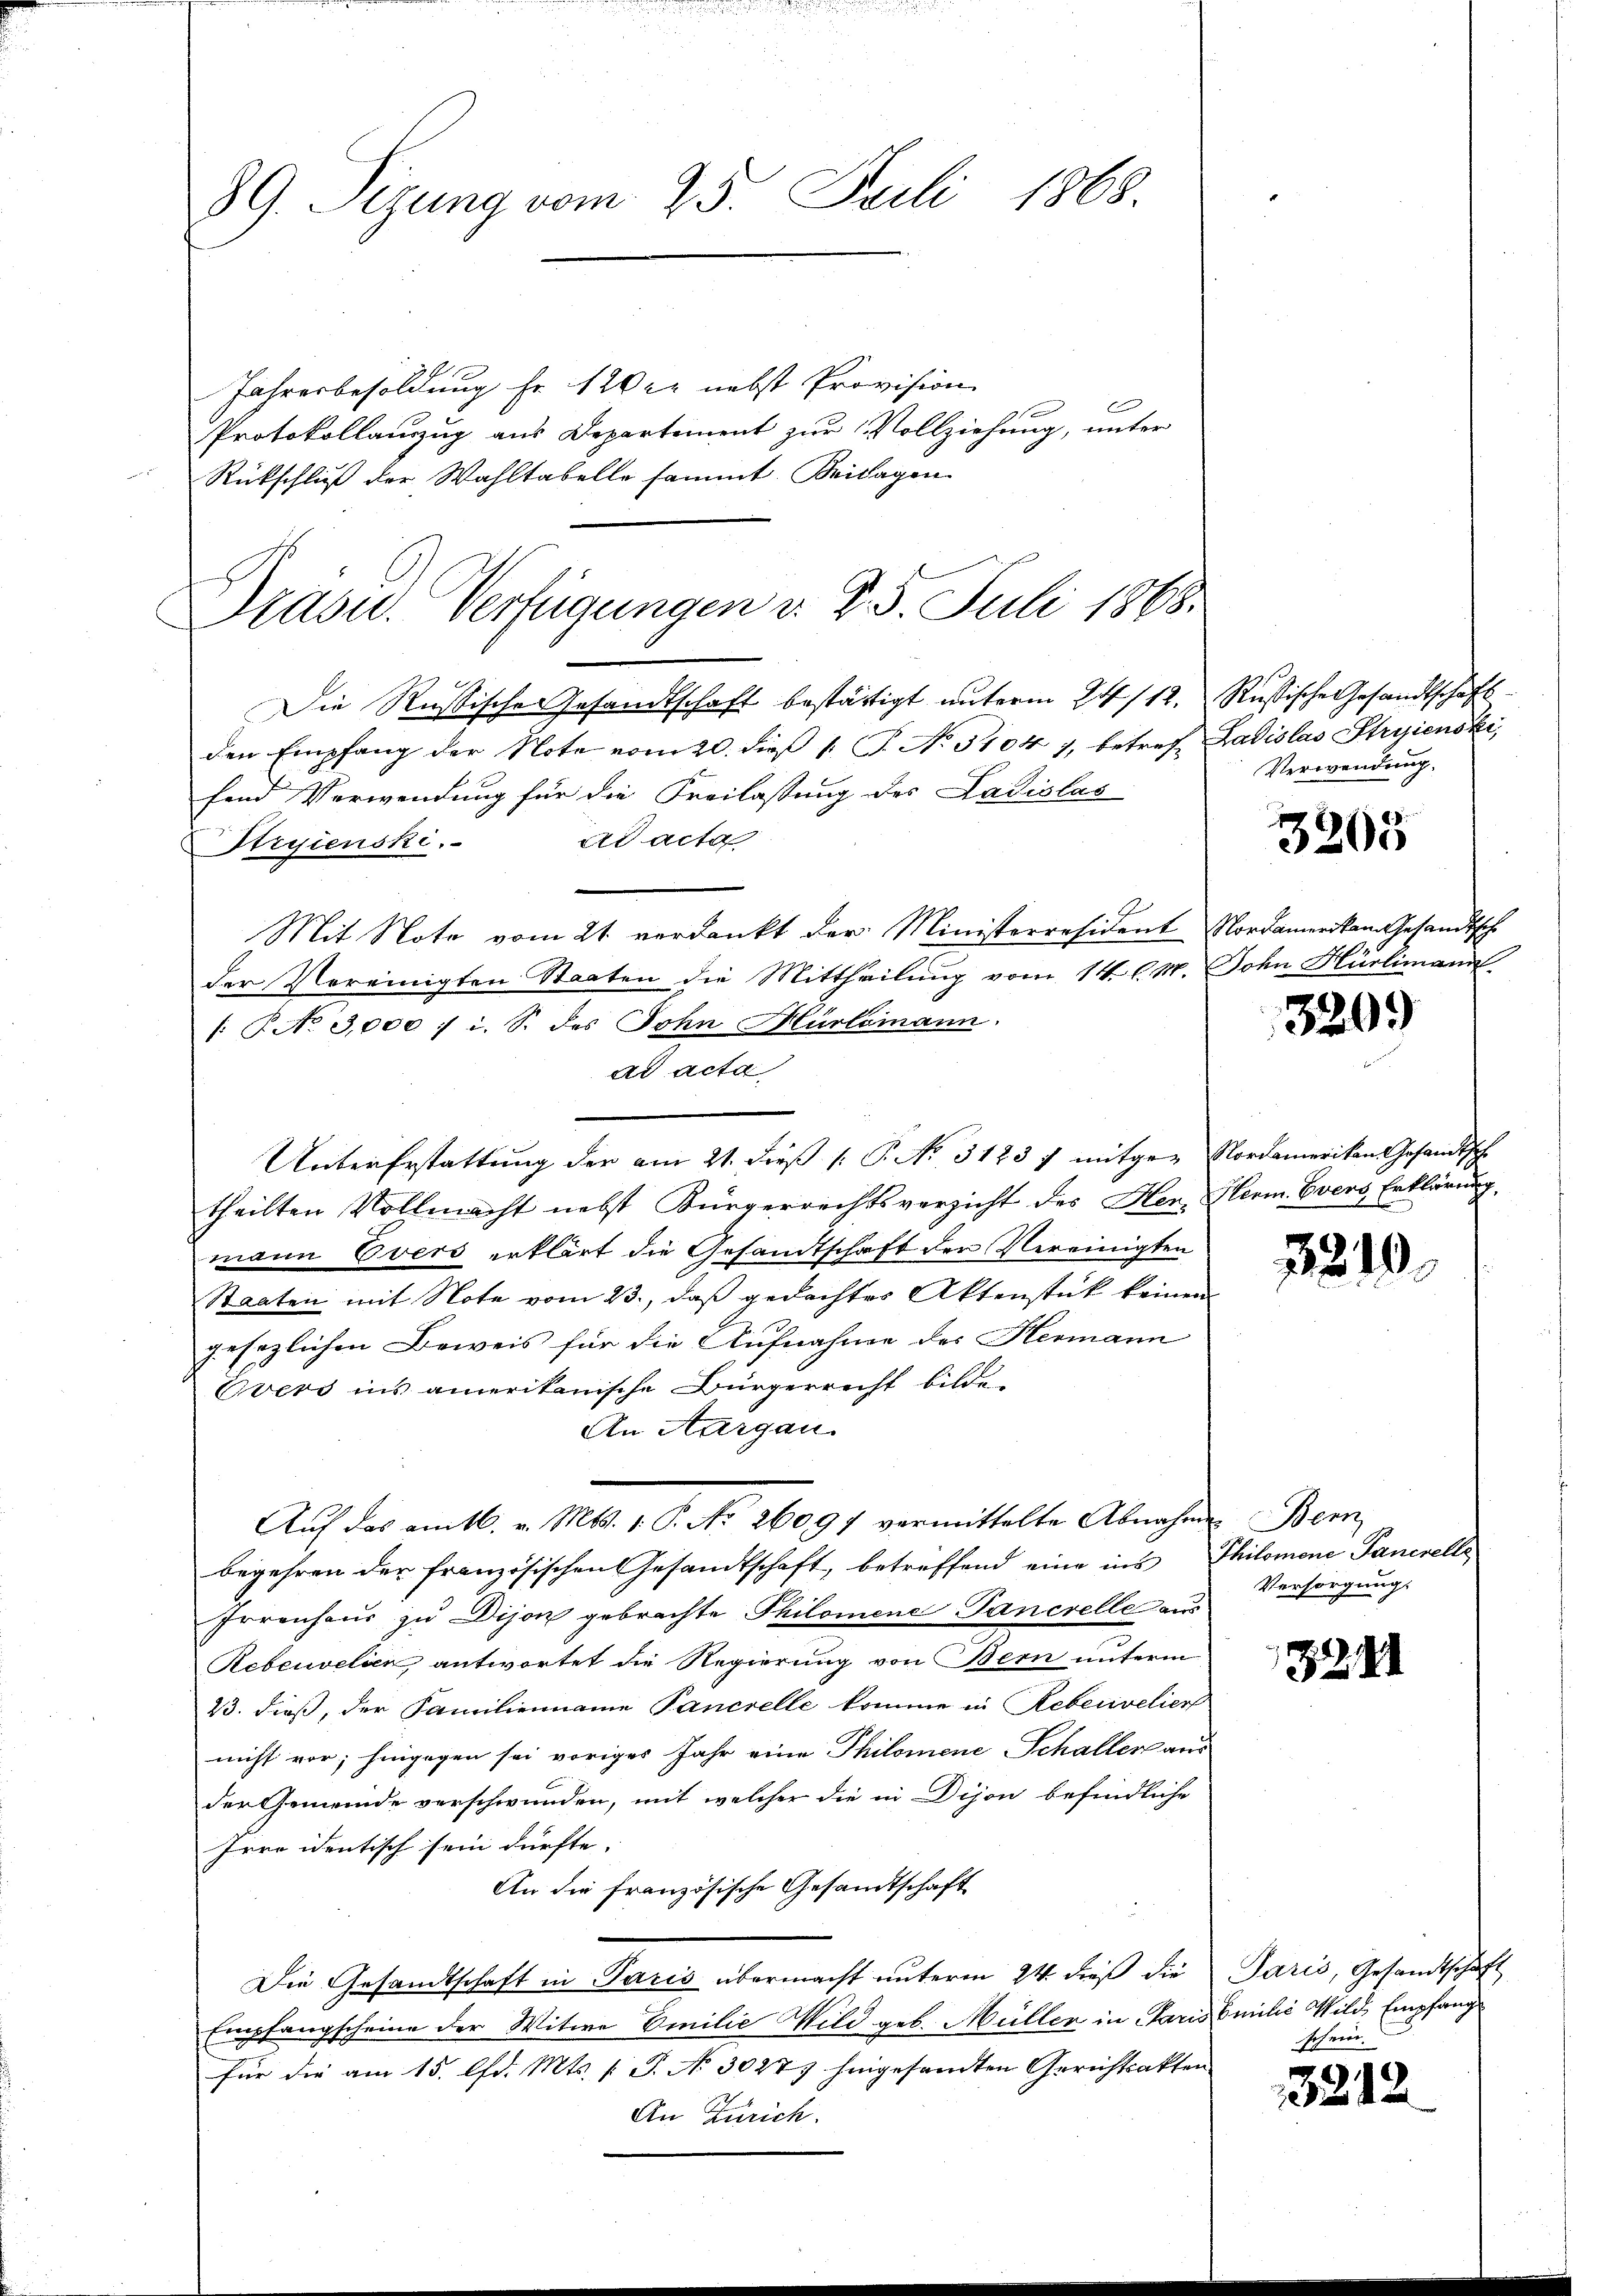
89. Seizung vom 25. Juli 1868.

Jahresbesoldung fr. 120 er nebst Provision
C
Protokollauszug aus Departement zur Vollziehung, unter
Rückschluß der Wahltabelle sammt. Beilagen

Präsid.. Verfügungen v. 2. 5. Juli 1868.

Die Russische Gesandtschaft bestättigt unterm 24/12. Rußische Gesandtschaftsden Empfang der Note vom 20. dieß 1 T. No 5104 7, betref Ladislas Stryienski,
fend Verwendung für die Freilassung des Ladislas
Adacta
Stryienski.
Mit Note vom 21. verdankt der Ministerresident Nordamer kam Gesandtsch
der Vereinigten Staaten die Mittheilung vom 14. C. M. John Hürlimann
/: No 3,000 : i. S. des John Hürlimann.
ad acta
Untererstattung der am 21. dieβ (: P. Nr. 3123 f mitgeg Nordamerikan Gesandtsch
theilten Vollmacht nebst Bürgerrechtsverzicht des Hen. Herm. Evers Erklärung.
mann Evers erklärt die Gesandtschaft den Vereinigten
Staaten mit Note vom 23., daß gedachtes Aktenstück keinem
gesezlichen Beweis für die Aufnahme des Hermann
Evers ins amerikanische Bürgerrecht bilde
An Aargau.
Auf das am 16. v. Mts. 1. P. No 26091 vermittelte Abnahme Bern
begehren der französischen Gesandtschaft, betreffend eine ins
Frrenhaus zu Dijon gebrachte Philomene Pancrelle aus
Rebenvelien antwortet die Regierung von Bern unterm
23. dieß, der Familienname Pancrelle komme in Rebenvelier
nicht vor; hingegen sei voriges Jahr eine Philomene Schaller aus
der Gemeinde verschwunden, mit welcher die in Dijon befindliche
Irro identisch sein dürfte. |
An die französische Gesandtschaft
Die Gesandtschaft in Paris übermacht unterm 24. dieß die
Empfangscheine der Witwe Emilie Wild geb. Müller in Paris
für die am 15. lfd. Mts. [ P. No 30273 hingesandten Gerichtsakten
An Zürich.

Verwendung,

3265

320.

1219

Philomene Pancrelle
Versorgung.

22

Paris, Gesandtschaft
Emilie Wild, Empfang
schein.

3212